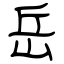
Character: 岳